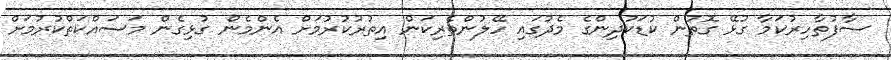
ސާފުތާހިރުކަމާ ގުޅޭ ގޮތުން ކުޑަކުދިންގެ މެދުގައި ހޭލުންތެރިކަން އިތުރުކުރުމަށް އެންމެން ގުޅިގެން މަސައްކަތްކުރުމަށް